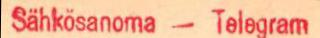
Sähkösanoma - Telegram